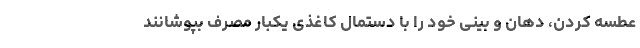
عطسه کردن، دهان و بینی خود را با دستمال کاغذی یکبار مصرف بپوشانند